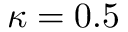
\kappa = 0 . 5